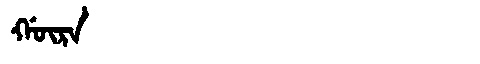
Manchu: ᡤᡡᡵᠠ
Romanization: GŪRA